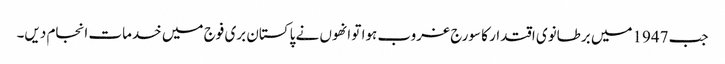
جب 1947میں برطانوی اقتدار کا سورج غروب ہوا تو انھوں نے پاکستان بری فوج میں خدمات انجام دیں۔